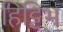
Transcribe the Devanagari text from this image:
हिट्टिभ